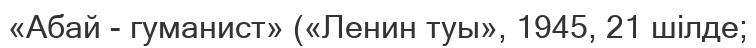
«Абай - гуманист» («Ленин туы», 1945, 21 шілде;